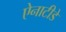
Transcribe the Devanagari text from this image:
ऐनाटीडे